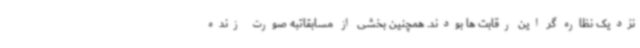
نزدیک نظاره گر این رقابت ها بودند. همچنین بخشی از مسابقاتبه صورت زنده